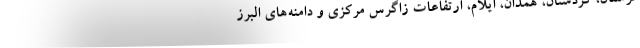
لرستان، کردستان، همدان، ایلام، ارتفاعات زاگرس مرکزی و دامنه‌های البرز